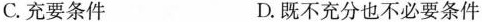
C.充要条件 D.既不充分也不必要条件